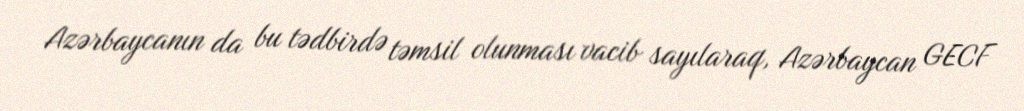
Azərbaycanın da bu tədbirdə təmsil olunması vacib sayılaraq, Azərbaycan GECF